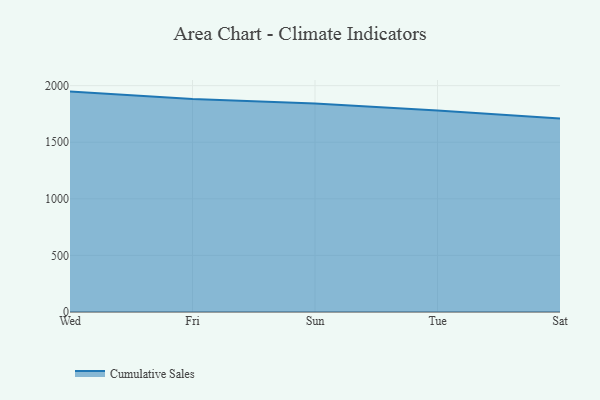
{"axis": {"x": "Day", "y": "Operating Costs (USD K)"}, "legend": ["Cumulative Sales"], "data": [{"x": "Wed", "y": 1947.4, "type": "Cumulative Sales"}, {"x": "Fri", "y": 1881.6, "type": "Cumulative Sales"}, {"x": "Sun", "y": 1842.1, "type": "Cumulative Sales"}, {"x": "Tue", "y": 1780.0, "type": "Cumulative Sales"}, {"x": "Sat", "y": 1709.1, "type": "Cumulative Sales"}]}